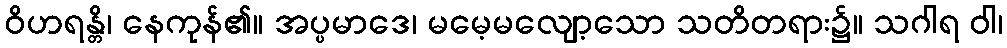
ဝိဟရန္တိ၊ နေကုန်၏။ အပ္ပမာဒေ၊ မမေ့မလျော့သော သတိတရား၌။ သဂါရ ဝါ၊